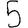
Digit: 5